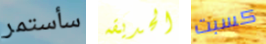
سأستمر الحديقه كسبت